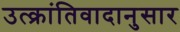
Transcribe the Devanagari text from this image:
उत्क्रांतिवादानुसार